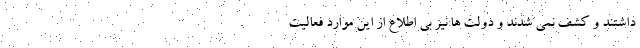
داشتند و کشف نمی شدند و دولت ها نیز بی اطلاع از این موارد فعالیت